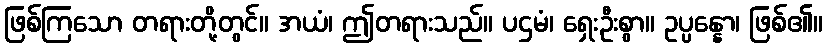
ဖြစ်ကြသော တရားတို့တွင်။ အယံ၊ ဤတရားသည်။ ပဌမံ၊ ရှေးဦးစွာ။ ဥပ္ပန္နော၊ ဖြစ်၏။